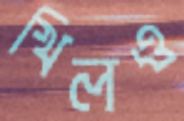
খিলও